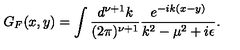
G _ { F } ( x , y ) = \int { \frac { d ^ { \nu + 1 } k } { ( 2 \pi ) ^ { \nu + 1 } } } { \frac { e ^ { - i k ( x - y ) } } { k ^ { 2 } - \mu ^ { 2 } + i \epsilon } } .